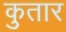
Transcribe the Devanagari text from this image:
कुतार